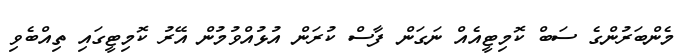
މެންބަރުންގެ ސަބް ކޮމިޓީއެއް ނަގަން ފާސް ކުރަން އުޅުއްވުމުން އޭރު ކޮމިޓީގައި ތިއްބެވި